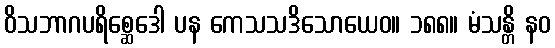
ဝိသဘာဂပရိစ္ဆေဒေါ ပန ကေသသဒိသောယေဝ။ ၁၈၈။ မံသန္တိ နဝ